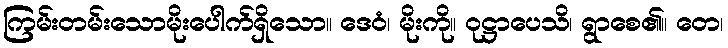
ကြမ်းတမ်းသောမိုးပေါက်ရှိသော။ ဒေဝံ၊ မိုးကို။ ဝုဋ္ဌာပေသိ၊ ရွာစေ၏။ တေ၊